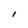
Character: l